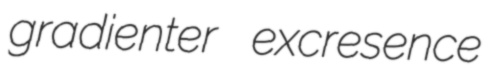
gradienter excresence